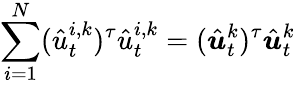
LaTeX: \sum_{i=1}^{N}(\hat{u}_{t}^{i,k})^{\tau}\hat{u}_{t}^{i,k}=(\hat{\boldsymbol{u}}_{t}^{k})^{\tau}\hat{\boldsymbol{u}}_{t}^{k}